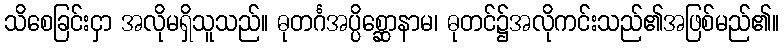
သိစေခြင်းငှာ အလိုမရှိသူသည်။ ဓုတင်္ဂအပ္ပိစ္ဆောနာမ၊ ဓုတင်၌အလိုကင်းသည်၏အဖြစ်မည်၏။